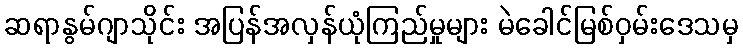
ဆရာနွမ်ဂျာသိုင်း အပြန်အလှန်ယုံကြည်မှုများ မဲခေါင်မြစ်ဝှမ်းဒေသမှ